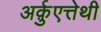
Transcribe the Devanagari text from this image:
अर्क़ुएत्तेथी